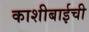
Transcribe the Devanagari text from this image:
काशीबाईची